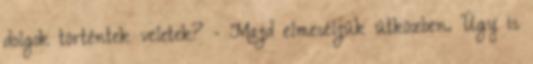
dolgok történtek veletek? - Majd elmeséljük útközben. Úgy is